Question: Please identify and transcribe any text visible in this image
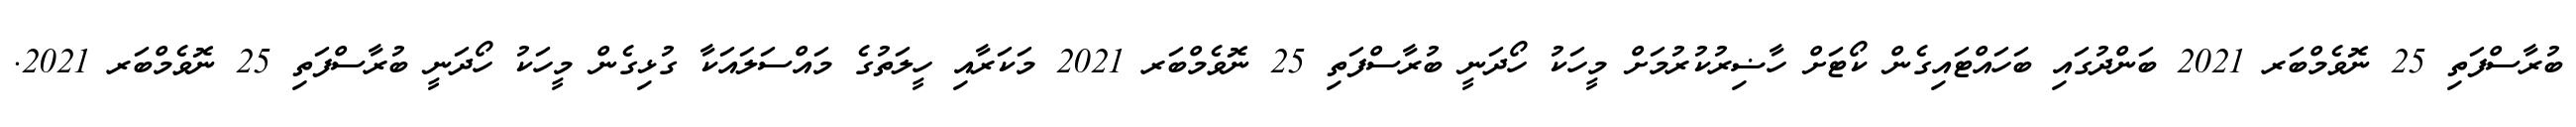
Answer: ބުރާސްފަތި 25 ނޮވެމްބަރ 2021 ބަންދުގައި ބަހައްޓައިގެން ކޯޓަށް ހާޟިރުކުރުމަށް މީހަކު ހޯދަނީ ބުރާސްފަތި 25 ނޮވެމްބަރ 2021 މަކަރާއި ހީލަތުގެ މައްސަލައަކާ ގުޅިގެން މީހަކު ހޯދަނީ ބުރާސްފަތި 25 ނޮވެމްބަރ 2021.